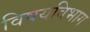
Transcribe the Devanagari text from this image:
विषयविभाग